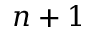
n + 1